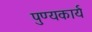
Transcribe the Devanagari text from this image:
पुण्यकार्य